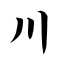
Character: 川